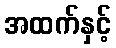
အထက်နှင့်